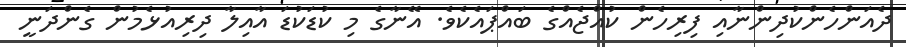
ދެއަންހެންކުދިންނާއި ފިރިހެން ކުއްޖެއްގެ ބައްޕައެކެވެ. އޭނާގެ މި ކުޑަކުޑަ އާއިލާ ދިރިއުޅެމުން ގެންދަނީ